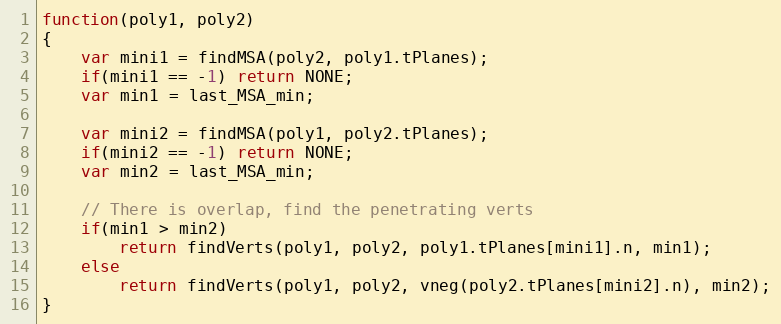
Language: JavaScript
function(poly1, poly2)
{
    var mini1 = findMSA(poly2, poly1.tPlanes);
    if(mini1 == -1) return NONE;
    var min1 = last_MSA_min;

    var mini2 = findMSA(poly1, poly2.tPlanes);
    if(mini2 == -1) return NONE;
    var min2 = last_MSA_min;

    // There is overlap, find the penetrating verts
    if(min1 > min2)
        return findVerts(poly1, poly2, poly1.tPlanes[mini1].n, min1);
    else
        return findVerts(poly1, poly2, vneg(poly2.tPlanes[mini2].n), min2);
}